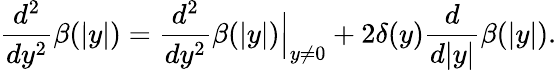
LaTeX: \frac{d^{2}}{dy^{2}}\beta(|y|)=\frac{d^{2}}{dy^{2}}\beta(|y|)\Big|_{y\ne 0}+2\delta(y)\frac{d}{d|y|}\beta(|y|).